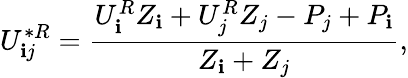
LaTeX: U_{\mathbf{i}j}^{*R}=\frac{{U_{\mathbf{i}}^{R}Z_{\mathbf{i}}+U_{j}^{R}Z_{j}-P_{j}+P_{\mathbf{i}}}}{{Z_{\mathbf{i}}+Z_{j}}},